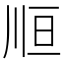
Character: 𰏃